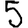
Digit: 5